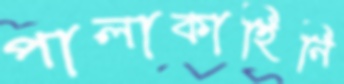
পালাকাহিনি